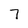
Character: 7